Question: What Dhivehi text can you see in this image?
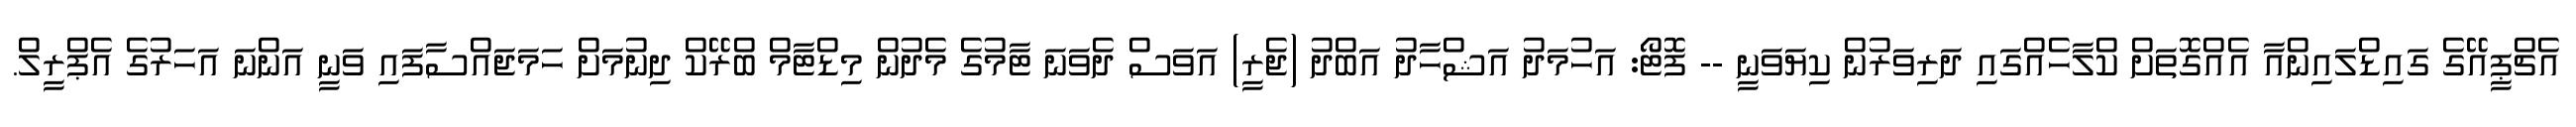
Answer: އެޗްޕީއޭގެ ގައިޑްލައިންއާ އެއްގޮތަށް ކްލާހެއްގައި ދަރިވަރުން ކިޔަވަނީ -- ފޮޓޯ: އަހުމަދު އަޝްހާދު އަބްދު (ޖެރީ) އަވަސް ދެވަނަ ޓާމުގެ މެދުން މިޑްޓާމް ބްރޭކް ދިނުމަށް ހަމަޖައްސާފައި ވަނީ އަންނަ އަހަރުގެ އެޕްރީލް.